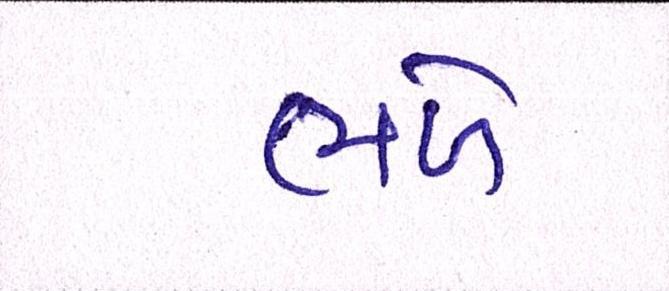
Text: ભળે